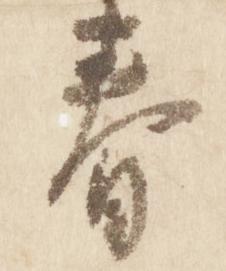
春